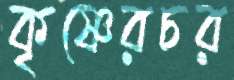
কৃষ্ণেরচর